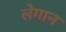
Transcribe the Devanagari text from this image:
लेगान